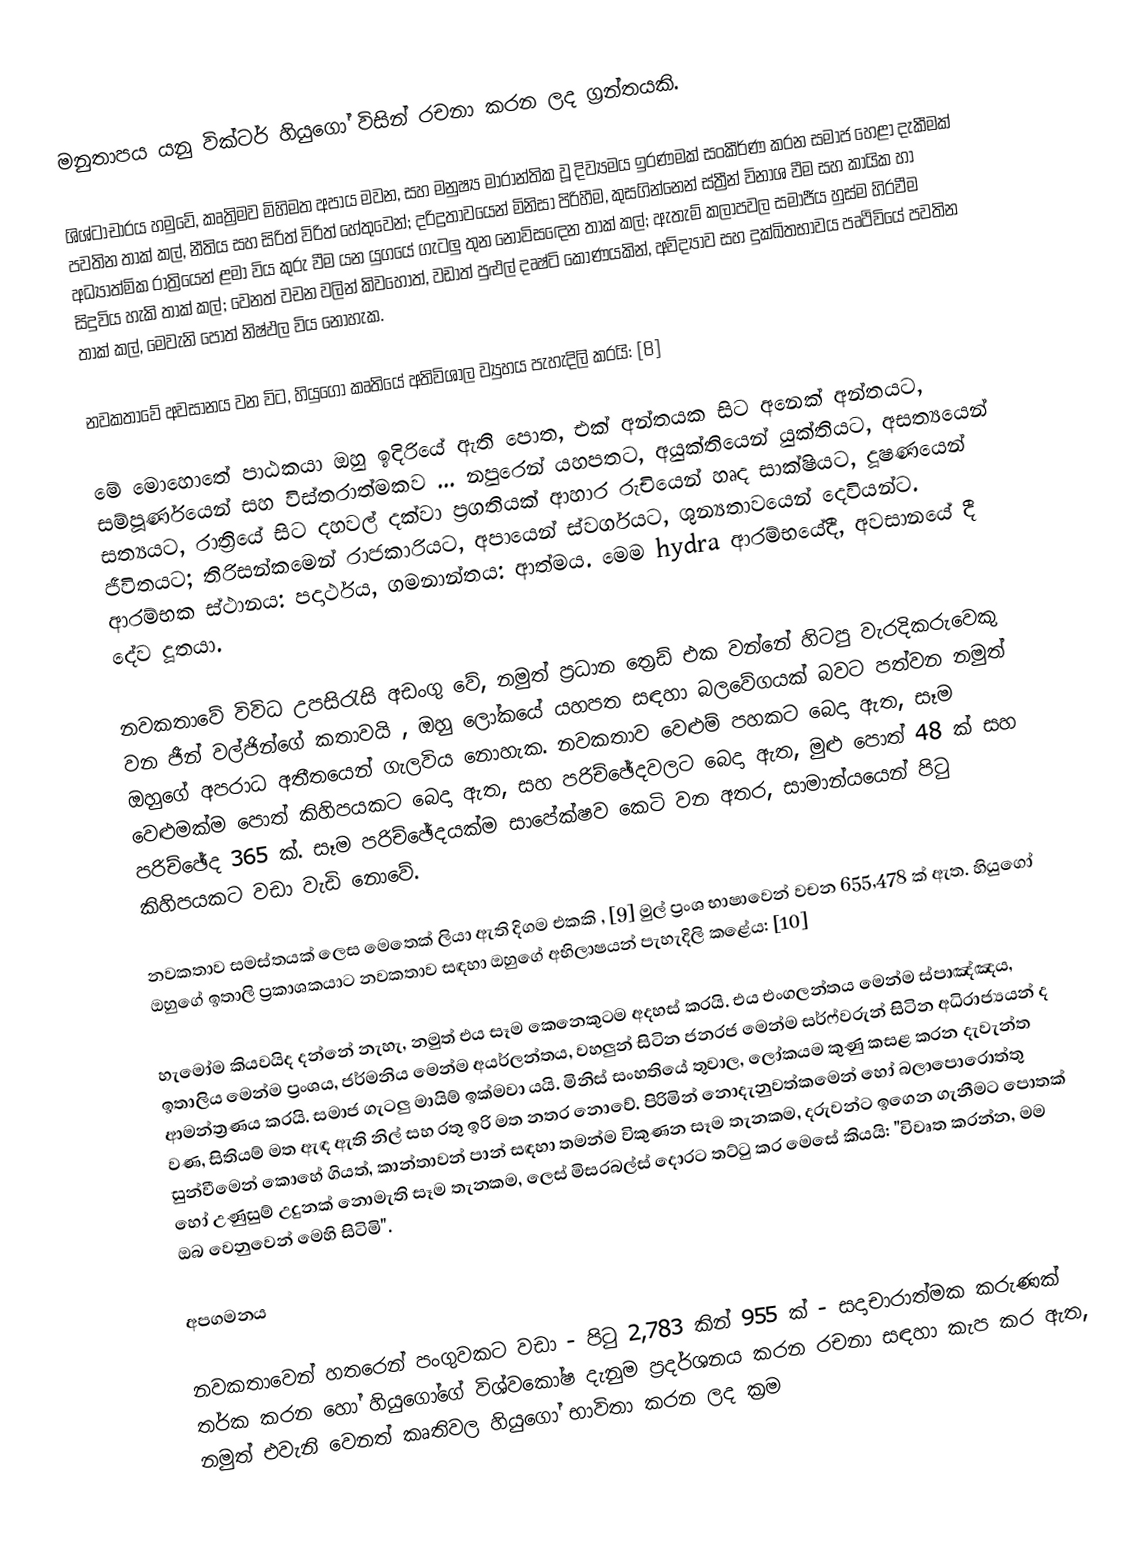
මනුතාපය යනු වික්ටර් හියුගෝ විසින් රචනා කරන ලද ග්‍රන්තයකි.

ශිශ්ටාචාරය  හමුවේ, කෘත්‍රිමව මිහිමත අපාය මවන, සහ මනුෂ්‍ය මාරාන්තික වූ දිව්‍යමය ඉරණමක් සංකීර්ණ කරන සමාජ හෙළා දැකීමක් පවතින තාක් කල්, නීතිය සහ සිරිත් විරිත් හේතුවෙන්; දරිද්‍රතාවයෙන් මිනිසා පිරිහීම, කුසගින්නෙන් ස්ත්‍රීන් විනාශ වීම සහ කායික හා අධ්‍යාත්මික රාත්‍රියෙන් ළමා විය කුරු වීම යන යුගයේ ගැටලු තුන නොවිසඳෙන තාක් කල්; ඇතැම් කලාපවල සමාජීය හුස්ම හිරවීම සිදුවිය හැකි තාක් කල්; වෙනත් වචන වලින් කිවහොත්, වඩාත් පුළුල් දෘෂ්ටි කෝණයකින්, අවිද්‍යාව සහ දුක්ඛිතභාවය පෘථිවියේ පවතින තාක් කල්, මෙවැනි පොත් නිෂ්ඵල විය නොහැක.

නවකතාවේ අවසානය වන විට, හියුගෝ කෘතියේ අතිවිශාල ව්‍යුහය පැහැදිලි කරයි: [8]

මේ මොහොතේ පාඨකයා ඔහු ඉදිරියේ ඇති පොත, එක් අන්තයක සිට අනෙක් අන්තයට, සම්පූර්ණයෙන් සහ විස්තරාත්මකව ... නපුරෙන් යහපතට, අයුක්තියෙන් යුක්තියට, අසත්‍යයෙන් සත්‍යයට, රාත්‍රියේ සිට දහවල් දක්වා ප්‍රගතියක් ආහාර රුචියෙන් හෘද සාක්ෂියට, දූෂණයෙන් ජීවිතයට; තිරිසන්කමෙන් රාජකාරියට, අපායෙන් ස්වර්ගයට, ශුන්‍යතාවයෙන් දෙවියන්ට. ආරම්භක ස්ථානය: පදාර්ථය, ගමනාන්තය: ආත්මය. මෙම hydra ආරම්භයේදී, අවසානයේ දී දේව දූතයා.

නවකතාවේ විවිධ උපසිරැසි අඩංගු වේ, නමුත් ප්‍රධාන ත්‍රෙඩ් එක වන්නේ හිටපු වැරදිකරුවෙකු වන ජීන් වල්ජින්ගේ කතාවයි , ඔහු ලෝකයේ යහපත සඳහා බලවේගයක් බවට පත්වන නමුත් ඔහුගේ අපරාධ අතීතයෙන් ගැලවිය නොහැක. නවකතාව වෙළුම් පහකට බෙදා ඇත, සෑම වෙළුමක්ම පොත් කිහිපයකට බෙදා ඇත, සහ පරිච්ඡේදවලට බෙදා ඇත, මුළු පොත් 48 ක් සහ පරිච්ඡේද 365 ක්. සෑම පරිච්ඡේදයක්ම සාපේක්ෂව කෙටි වන අතර, සාමාන්යයෙන් පිටු කිහිපයකට වඩා වැඩි නොවේ.

නවකතාව සමස්තයක් ලෙස මෙතෙක් ලියා ඇති දිගම එකකි , [9] මුල් ප්‍රංශ භාෂාවෙන් වචන 655,478 ක් ඇත. හියුගෝ ඔහුගේ ඉතාලි ප්‍රකාශකයාට නවකතාව සඳහා ඔහුගේ අභිලාෂයන් පැහැදිලි කළේය: [10]

හැමෝම කියවයිද දන්නේ නැහැ, නමුත් එය සෑම කෙනෙකුටම අදහස් කරයි. එය එංගලන්තය මෙන්ම ස්පාඤ්ඤය, ඉතාලිය මෙන්ම ප්‍රංශය, ජර්මනිය මෙන්ම අයර්ලන්තය, වහලුන් සිටින ජනරජ මෙන්ම සර්ෆ්වරුන් සිටින අධිරාජ්‍යයන් ද ආමන්ත්‍රණය කරයි. සමාජ ගැටලු මායිම් ඉක්මවා යයි. මිනිස් සංහතියේ තුවාල, ලෝකයම කුණු කසළ කරන දැවැන්ත වණ, සිතියම් මත ඇඳ ඇති නිල් සහ රතු ඉරි මත නතර නොවේ. පිරිමින් නොදැනුවත්කමෙන් හෝ බලාපොරොත්තු සුන්වීමෙන් කොහේ ගියත්, කාන්තාවන් පාන් සඳහා තමන්ම විකුණන සෑම තැනකම, දරුවන්ට ඉගෙන ගැනීමට පොතක් හෝ උණුසුම් උදුනක් නොමැති සෑම තැනකම, ලෙස් මිසරබල්ස් දොරට තට්ටු කර මෙසේ කියයි: "විවෘත කරන්න, මම ඔබ වෙනුවෙන් මෙහි සිටිමි".

අපගමනය

නවකතාවෙන් හතරෙන් පංගුවකට වඩා - පිටු 2,783 කින් 955 ක් - සදාචාරාත්මක කරුණක් තර්ක කරන හෝ හියුගෝගේ විශ්වකෝෂ දැනුම ප්‍රදර්ශනය කරන රචනා සඳහා කැප කර ඇත, නමුත් එවැනි වෙනත් කෘතිවල හියුගෝ භාවිතා කරන ලද ක්‍රම